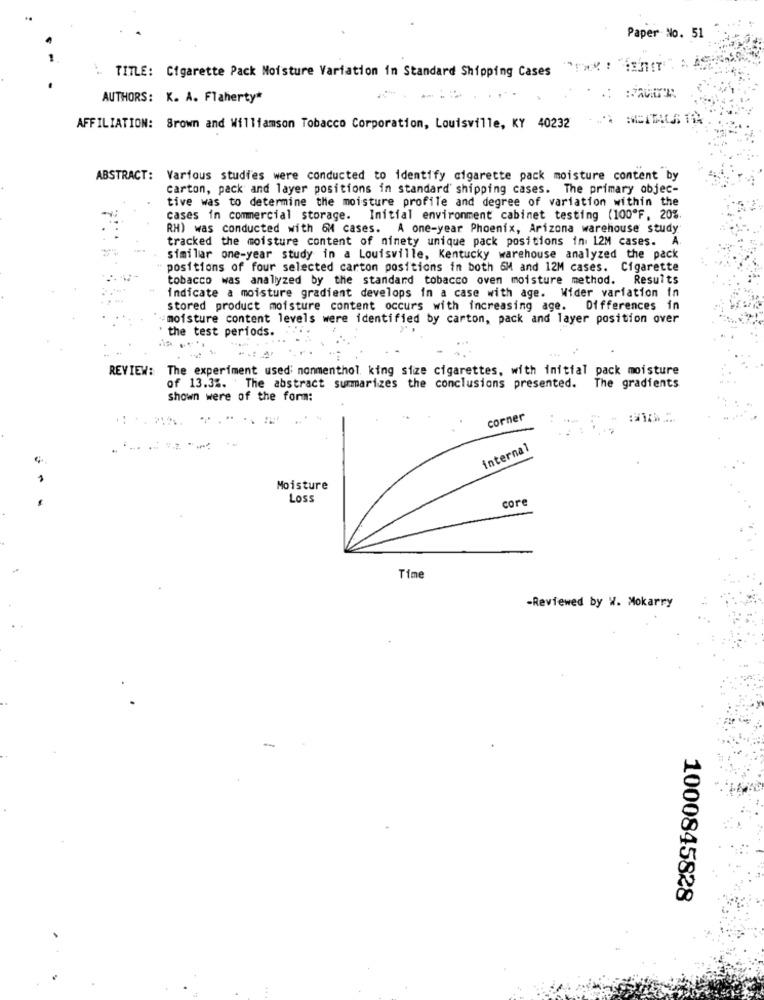
Paper No. 51
` TITLE: Cigarette Pack Moisture Variation in Standard Shipping Cases
AUTHORS: K. A. Flaherty"
AFFILIATION: Brown and Williamson Tobacco Corporation, Louisville, KY 40232
ABSTRACT: Various studies were conducted to identify cigarette pack moisture content by
carton, pack and layer positions in standard shipping cases. The primary objec-
tive was to determine the moisture profile and degree of variation within the
cases in commercial storage. Initial environment cabinet testing (100ºF. 20%
RH) was conducted with 6M cases. A one-year Phoenix, Arizona warehouse study
tracked the moisture content of ninety unique pack positions in. 12M cases. A
similar one-year study in a Louisville, Kentucky warehouse analyzed the pack
positions of four selected carton positions in both 6M and 12M cases. Cigarette
tobacco was analyzed by the standard tobacco oven moisture method. Results
indicate a moisture gradient develops in a case with age. Wider variation in
stored product moisture content occurs with increasing age. Differences in
moisture content levels were identified by carton, pack and layer position over
the test periods.
REVIEW: The experiment used: nonmenthol king size cigarettes, with initial pack moisture
of 13.3%. The abstract summarizes the conclusions presented. The gradients
Shown were of the form:
corner
internal
Moisture
Loss
core
Time
-Reviewed by W. Mokarry
-
1000845828